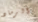
الرماد